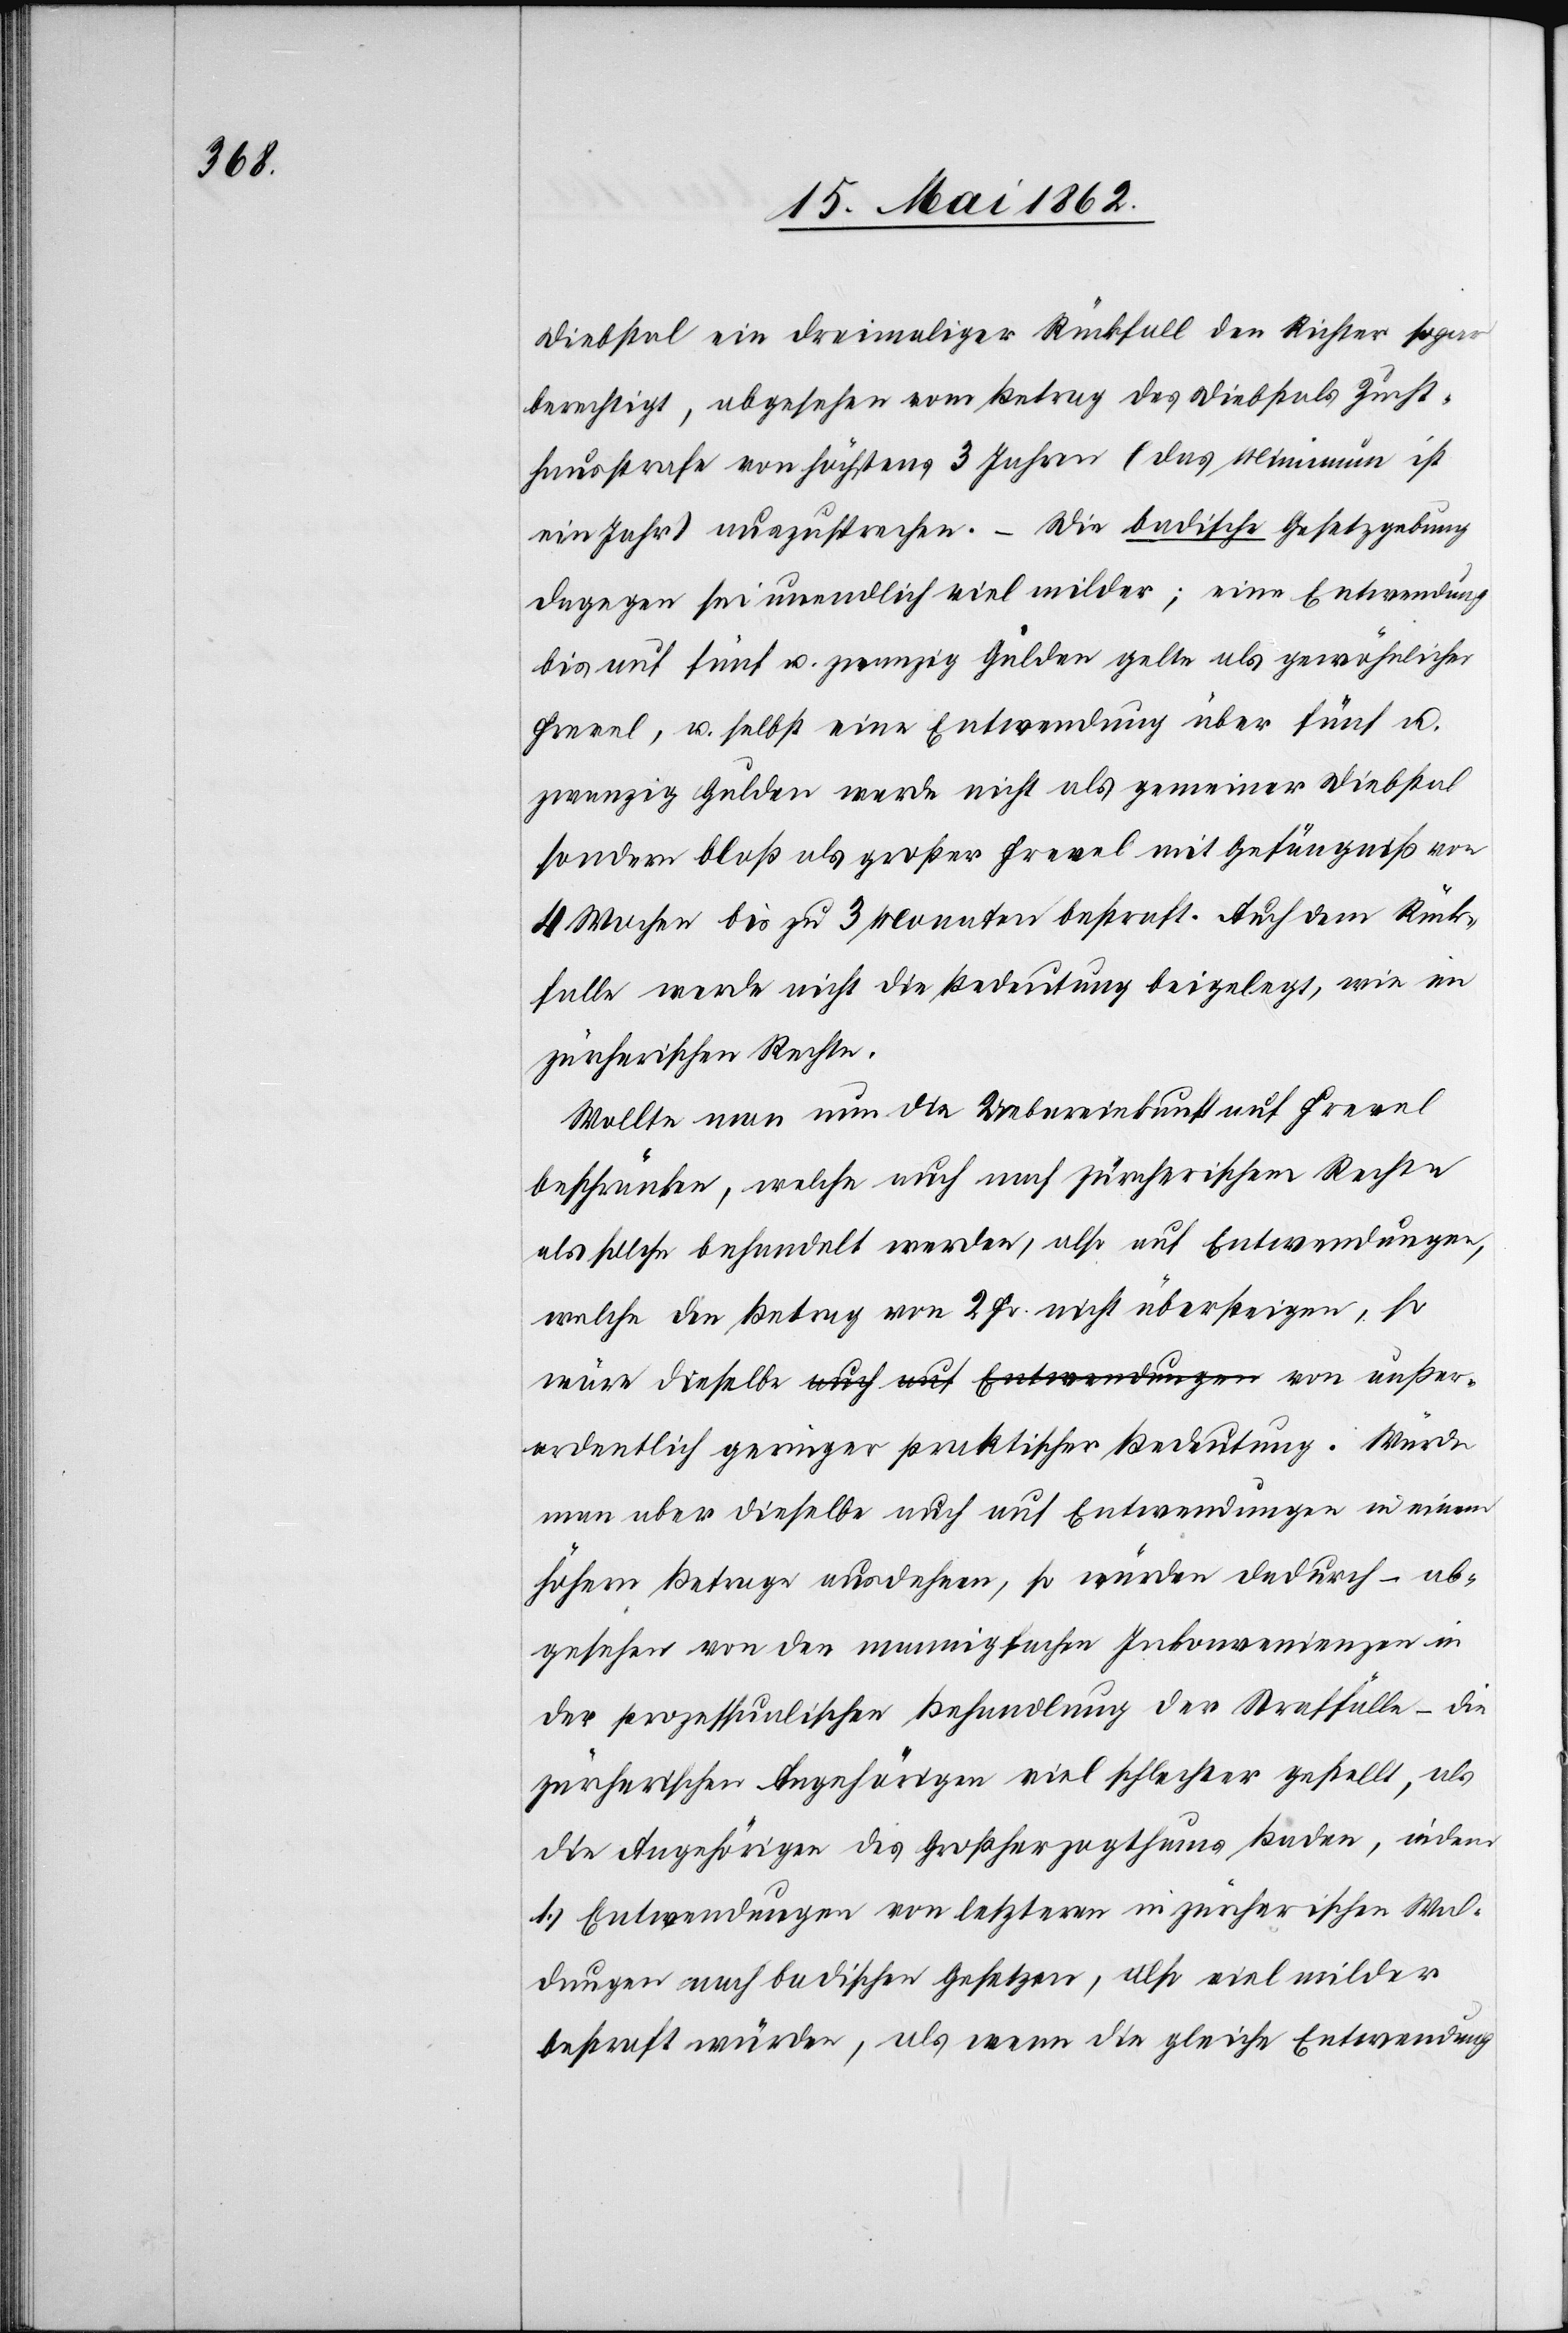
außer¬

Diebstal ein dreimaliger Rückfall den Richter sogar
berechtigt, abgesehen vom Betrage des Diebstals Zucht¬
hausstrafe von höchstens 3 Jahren (das Minimum ist
ein Jahr) auszusprechen. – Die badische Gesetzgebung
dagegen sei unendlich viel milder; eine Entwendung
bis auf fünf u. zwanzig Gulden gelte als gewöhnlicher
Frevel, u. selbst eine Entwendung über fünf u.
zwanzig Gulden werde nicht als gemeiner Diebstal
sondern bloß als großer Frevel mit Gefängniß von
4 Wochen bis zu 3 Monaten bestraft. Auch dem Rück¬
falle werde nicht die Bedeutung beigelegt, wie im
zürcherischen Rechte.
Wollte man nun die Uebereinkunft auf Frevel
beschränken, welche auch nach zürcherischem Rechte
als solche behandelt werde, also auf Entwendungen,
welche den Betrag von 2 Fr. nicht übersteigen, so
ordentlich geringer praktischer Bedeutung. Würde
man aber dieselben auch auf Entwendungen in einem
höhern Betrage ausdehnen, so würden dadurch – ab¬
gesehen von den mannigfachen Inkonvenienzen in
der prozessunlichen Behandlung der Straffälle – die
zürcherischen Angehörigen viel schlechter gestellt, als
die Angehörigen des Großherzogthums Baden, indem
1) Entwendungen von letzteren in zürcherischen Wal¬
dungen nach badischen Gesetzen, also viel milder
bestraft würden, als wenn die gleiche Entwendung